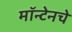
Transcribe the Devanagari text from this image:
मॉन्टेनचे